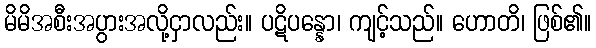
မိမိအစီးအပွားအလို့ငှာလည်း။ ပဋိပန္နော၊ ကျင့်သည်။ ဟောတိ၊ ဖြစ်၏။